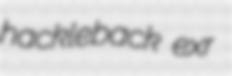
hackleback exr